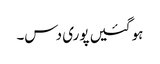
ہو گئیں پوری دس۔